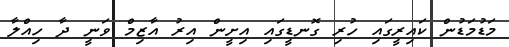
މަޑުމަޑުން ކައިރީގައި ހުރި ގޮނޑީގައި އިށީން އިރު އާޒިމް ވަނީ ދާ ހިއްލާ